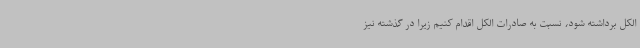
الکل برداشته شود، نسبت به صادرات الکل اقدام کنیم زیرا در گذشته نیز